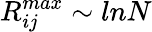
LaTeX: R_{ij}^{max}\sim lnN